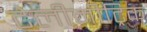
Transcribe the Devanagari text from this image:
टेलीमीट्रिक